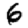
Digit: 6